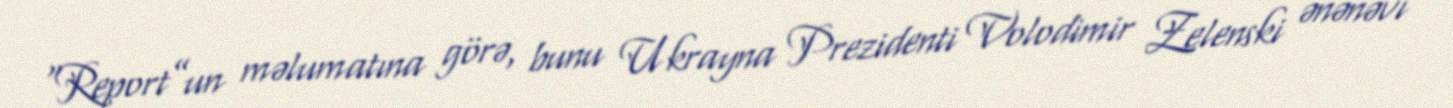
“Report”un məlumatına görə, bunu Ukrayna Prezidenti Volodimir Zelenski ənənəvi